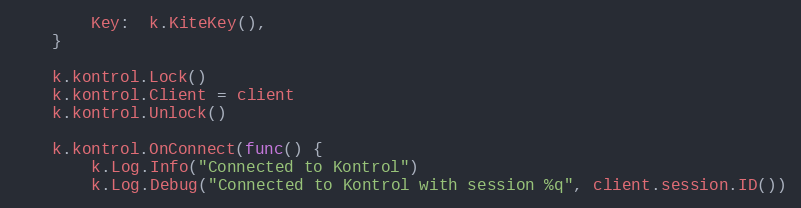
Language: Go
		Key:  k.KiteKey(),
	}

	k.kontrol.Lock()
	k.kontrol.Client = client
	k.kontrol.Unlock()

	k.kontrol.OnConnect(func() {
		k.Log.Info("Connected to Kontrol")
		k.Log.Debug("Connected to Kontrol with session %q", client.session.ID())